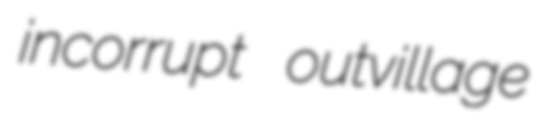
incorrupt outvillage